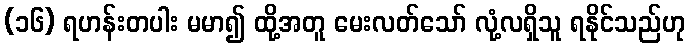
(၁၆) ရဟန်းတပါး မမာ၍ ထို့အတူ မေးလတ်သော် လုံ့လရှိသူ ရနိုင်သည်ဟု